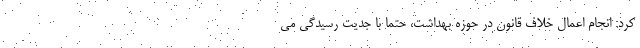
کرد: انجام اعمال خلاف قانون در حوزه بهداشت، حتما با جدیت رسیدگی می